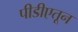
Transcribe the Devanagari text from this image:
पीडीएतून